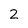
Character: 2